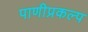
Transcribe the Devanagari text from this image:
पाणीप्रकल्प